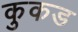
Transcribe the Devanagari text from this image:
कुकड